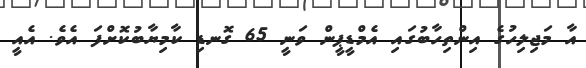
އާ މަޖިލިހުގެ އިންތިހާބުގައި އެމްޑީޕީން ވަނީ 65 ގޮނޑި ކާމިޔާބުކޮށްފަ އެވެ. އެއީ